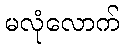
မလုံလောက်